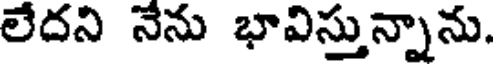
లేదని నేను భావిస్తున్నాను.